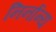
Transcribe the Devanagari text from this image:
निर्नान्य